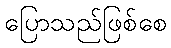
ပြောသည်ဖြစ်စေ